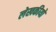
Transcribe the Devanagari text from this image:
लेखकीयो